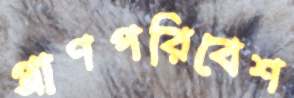
প্রাণপরিবেশ